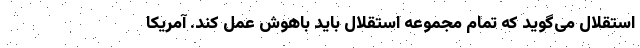
استقلال می‌گوید که تمام مجموعه استقلال باید باهوش عمل کند. آمریکا